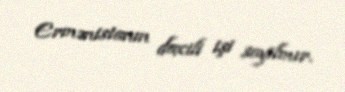
Ermənistanın daxili işi sayılmır.